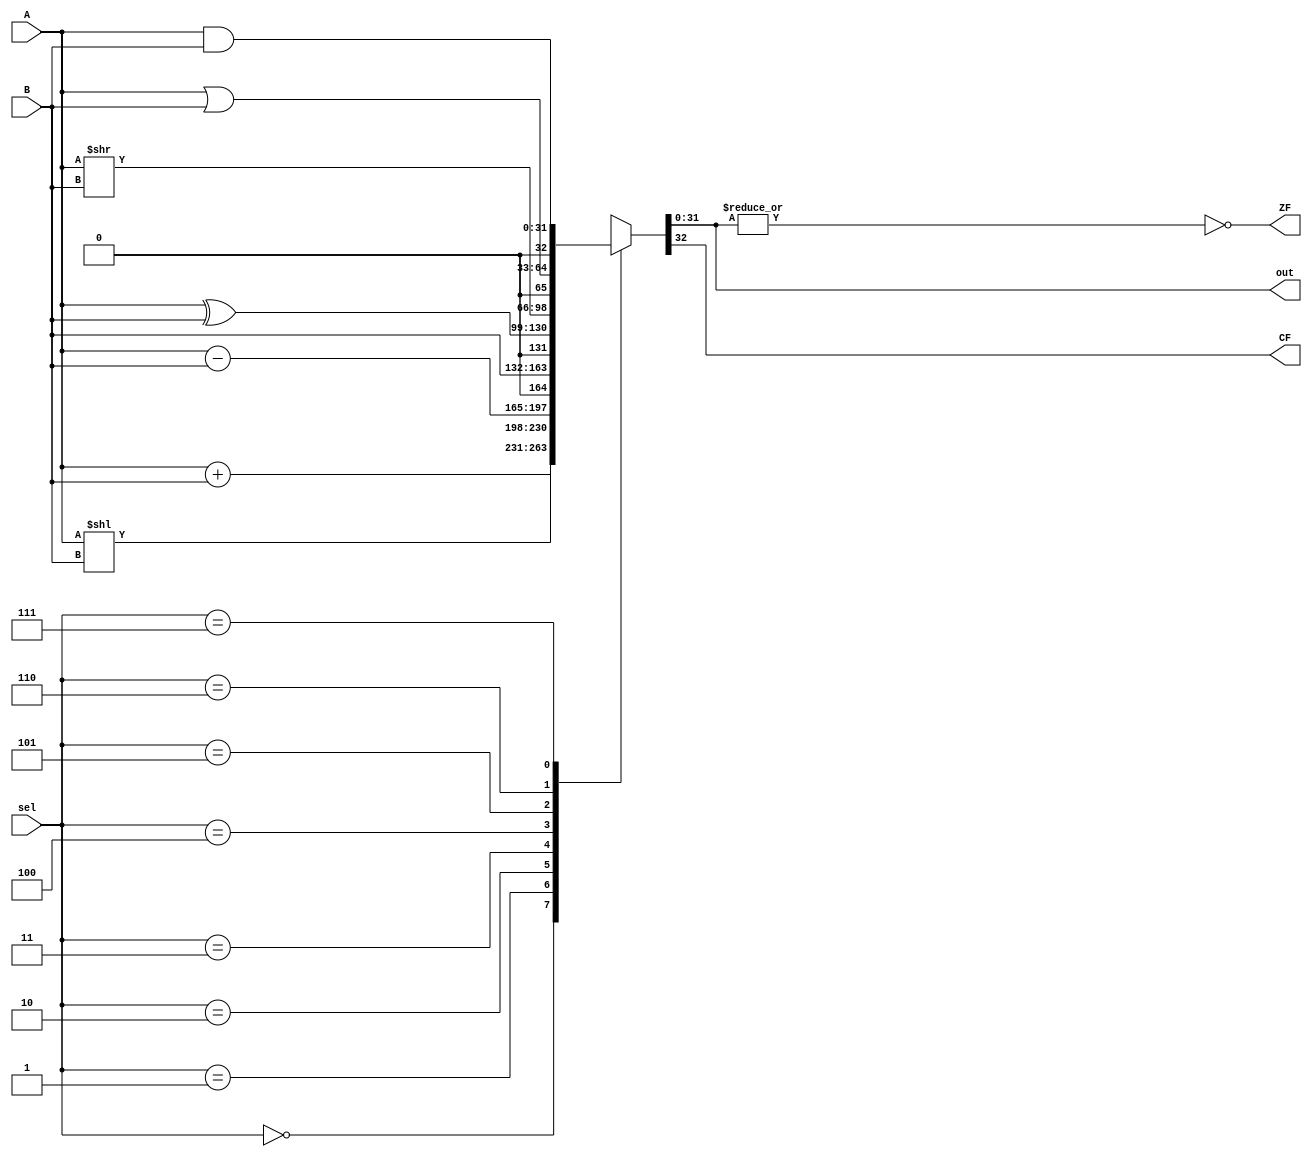
module ALU(
	input [31:0]A, B,
	input [2:0]sel,
	output reg CF, ZF,
	output reg [31:0]out
);

reg [32:0]ALU_out;

always @(*) begin

	ALU_out = 0;
	
	case(sel)
	3'b000: begin
	ALU_out = A + B;
	end
	
	3'b001: begin
	ALU_out = A << B;
	end
	
	3'b010: begin
	ALU_out = A - B;
	end
	
	3'b011: begin
	ALU_out = B;
	end
	
	3'b100: begin
	ALU_out = A ^ B;
	end
	
	3'b101: begin
	ALU_out = A >> B;
	end
	
	3'b110: begin
	ALU_out = A | B;
	end
	
	3'b111: begin
	ALU_out = A & B;
	end
	
	endcase
	
	out = ALU_out[31:0];
	ZF = ~(|out);
	CF = ALU_out[32];
end

endmodule